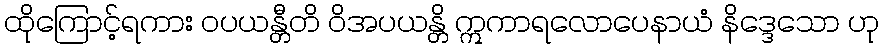
ထိုကြောင့်ရကား ဝပယန္တီတိ ဝိအပယန္တိ ဣကာရလောပေနာယံ နိဒ္ဒေသော ဟု